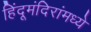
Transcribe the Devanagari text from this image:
हिंदूमंदिरांमध्ये